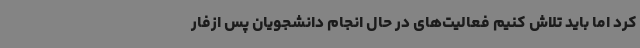
کرد اما باید تلاش کنیم فعالیت‌های در حال انجام دانشجویان پس ازفار